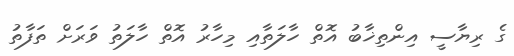
ގެ ރިޔާސީ އިންތިޚާބު އޮތް ހާލަތާއި މިހާރު އޮތް ހާލަތު ވަރަށް ތަފާތު